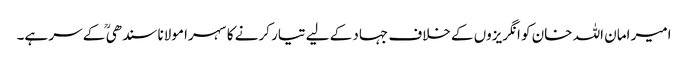
امیر امان اللہ خان کو انگریزوں کے خلاف جہاد کے لیے تیار کرنے کا سہرا مولانا سندھی ؒ کے سر ہے۔